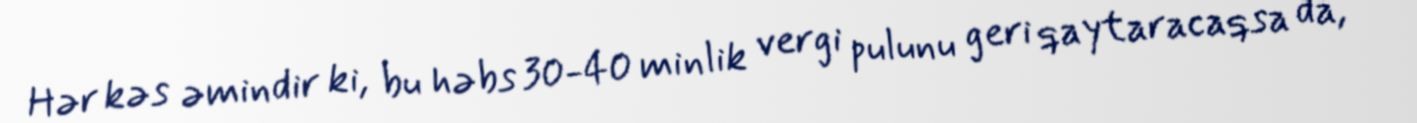
Hər kəs əmindir ki, bu həbs 30-40 minlik vergi pulunu geri qaytaracaqsa da,